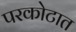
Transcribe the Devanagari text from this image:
परकोटात